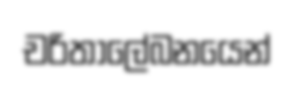
චරිතාලේබනයෙන්